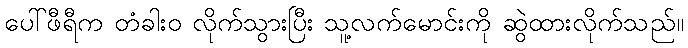
ပေါ်ဖီရီက တံခါးဝ လိုက်သွားပြီး သူ့လက်မောင်းကို ဆွဲထားလိုက်သည်။